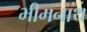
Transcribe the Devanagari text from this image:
भीमनाथ